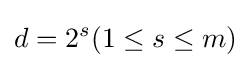
d=2^{s}(1\leq s\leq m)